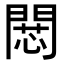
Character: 𢠶